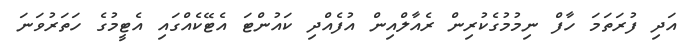
އަދި ފުރަތަމަ ހާފް ނިމުމުގެކުރިން ރެއާލްއިން އުފެއްދި ކައުންޓަ އެޓޭކެއްގައި އެޓީމުގެ ހަތަރުވަނަ